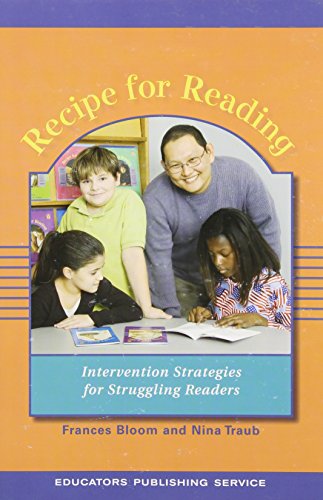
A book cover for Recipe for Reading (Revised and Expanded); Nina Traub; Reference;